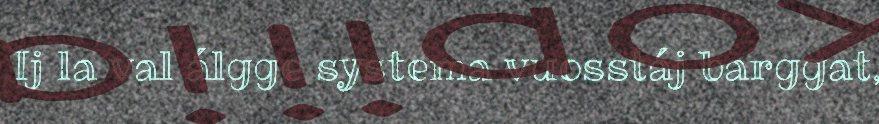
Ij la val álgge systema vuosstáj barggat,